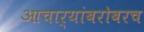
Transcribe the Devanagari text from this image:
आचार्यांबरोबरच